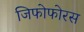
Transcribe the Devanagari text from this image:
जिफोफोरस